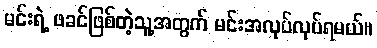
မင်းရဲ့ ဖခင်ဖြစ်တဲ့သူ့အတွက် မင်းအလုပ်လုပ်ရမယ်။